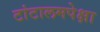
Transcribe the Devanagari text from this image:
टांटालमपेक्षा